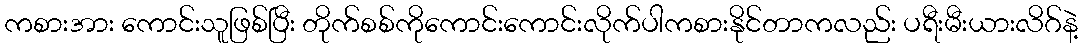
ကစားအား ကောင်းသူဖြစ်ပြီး တိုက်စစ်ကိုကောင်းကောင်းလိုက်ပါကစားနိုင်တာကလည်း ပရီးမီးယားလိဂ်နဲ့